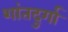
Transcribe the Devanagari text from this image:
शांतदुर्गा